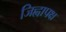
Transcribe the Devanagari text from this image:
जिह्वापक्ष